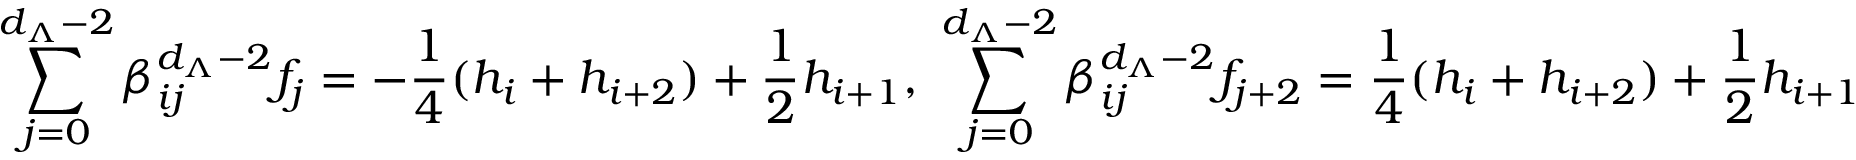
\sum _ { j = 0 } ^ { d _ { \Lambda } - 2 } \beta _ { i j } ^ { d _ { \Lambda } - 2 } f _ { j } = - \frac { 1 } { 4 } ( h _ { i } + h _ { i + 2 } ) + \frac { 1 } { 2 } h _ { i + 1 } , ~ \sum _ { j = 0 } ^ { d _ { \Lambda } - 2 } \beta _ { i j } ^ { d _ { \Lambda } - 2 } f _ { j + 2 } = \frac { 1 } { 4 } ( h _ { i } + h _ { i + 2 } ) + \frac { 1 } { 2 } h _ { i + 1 }